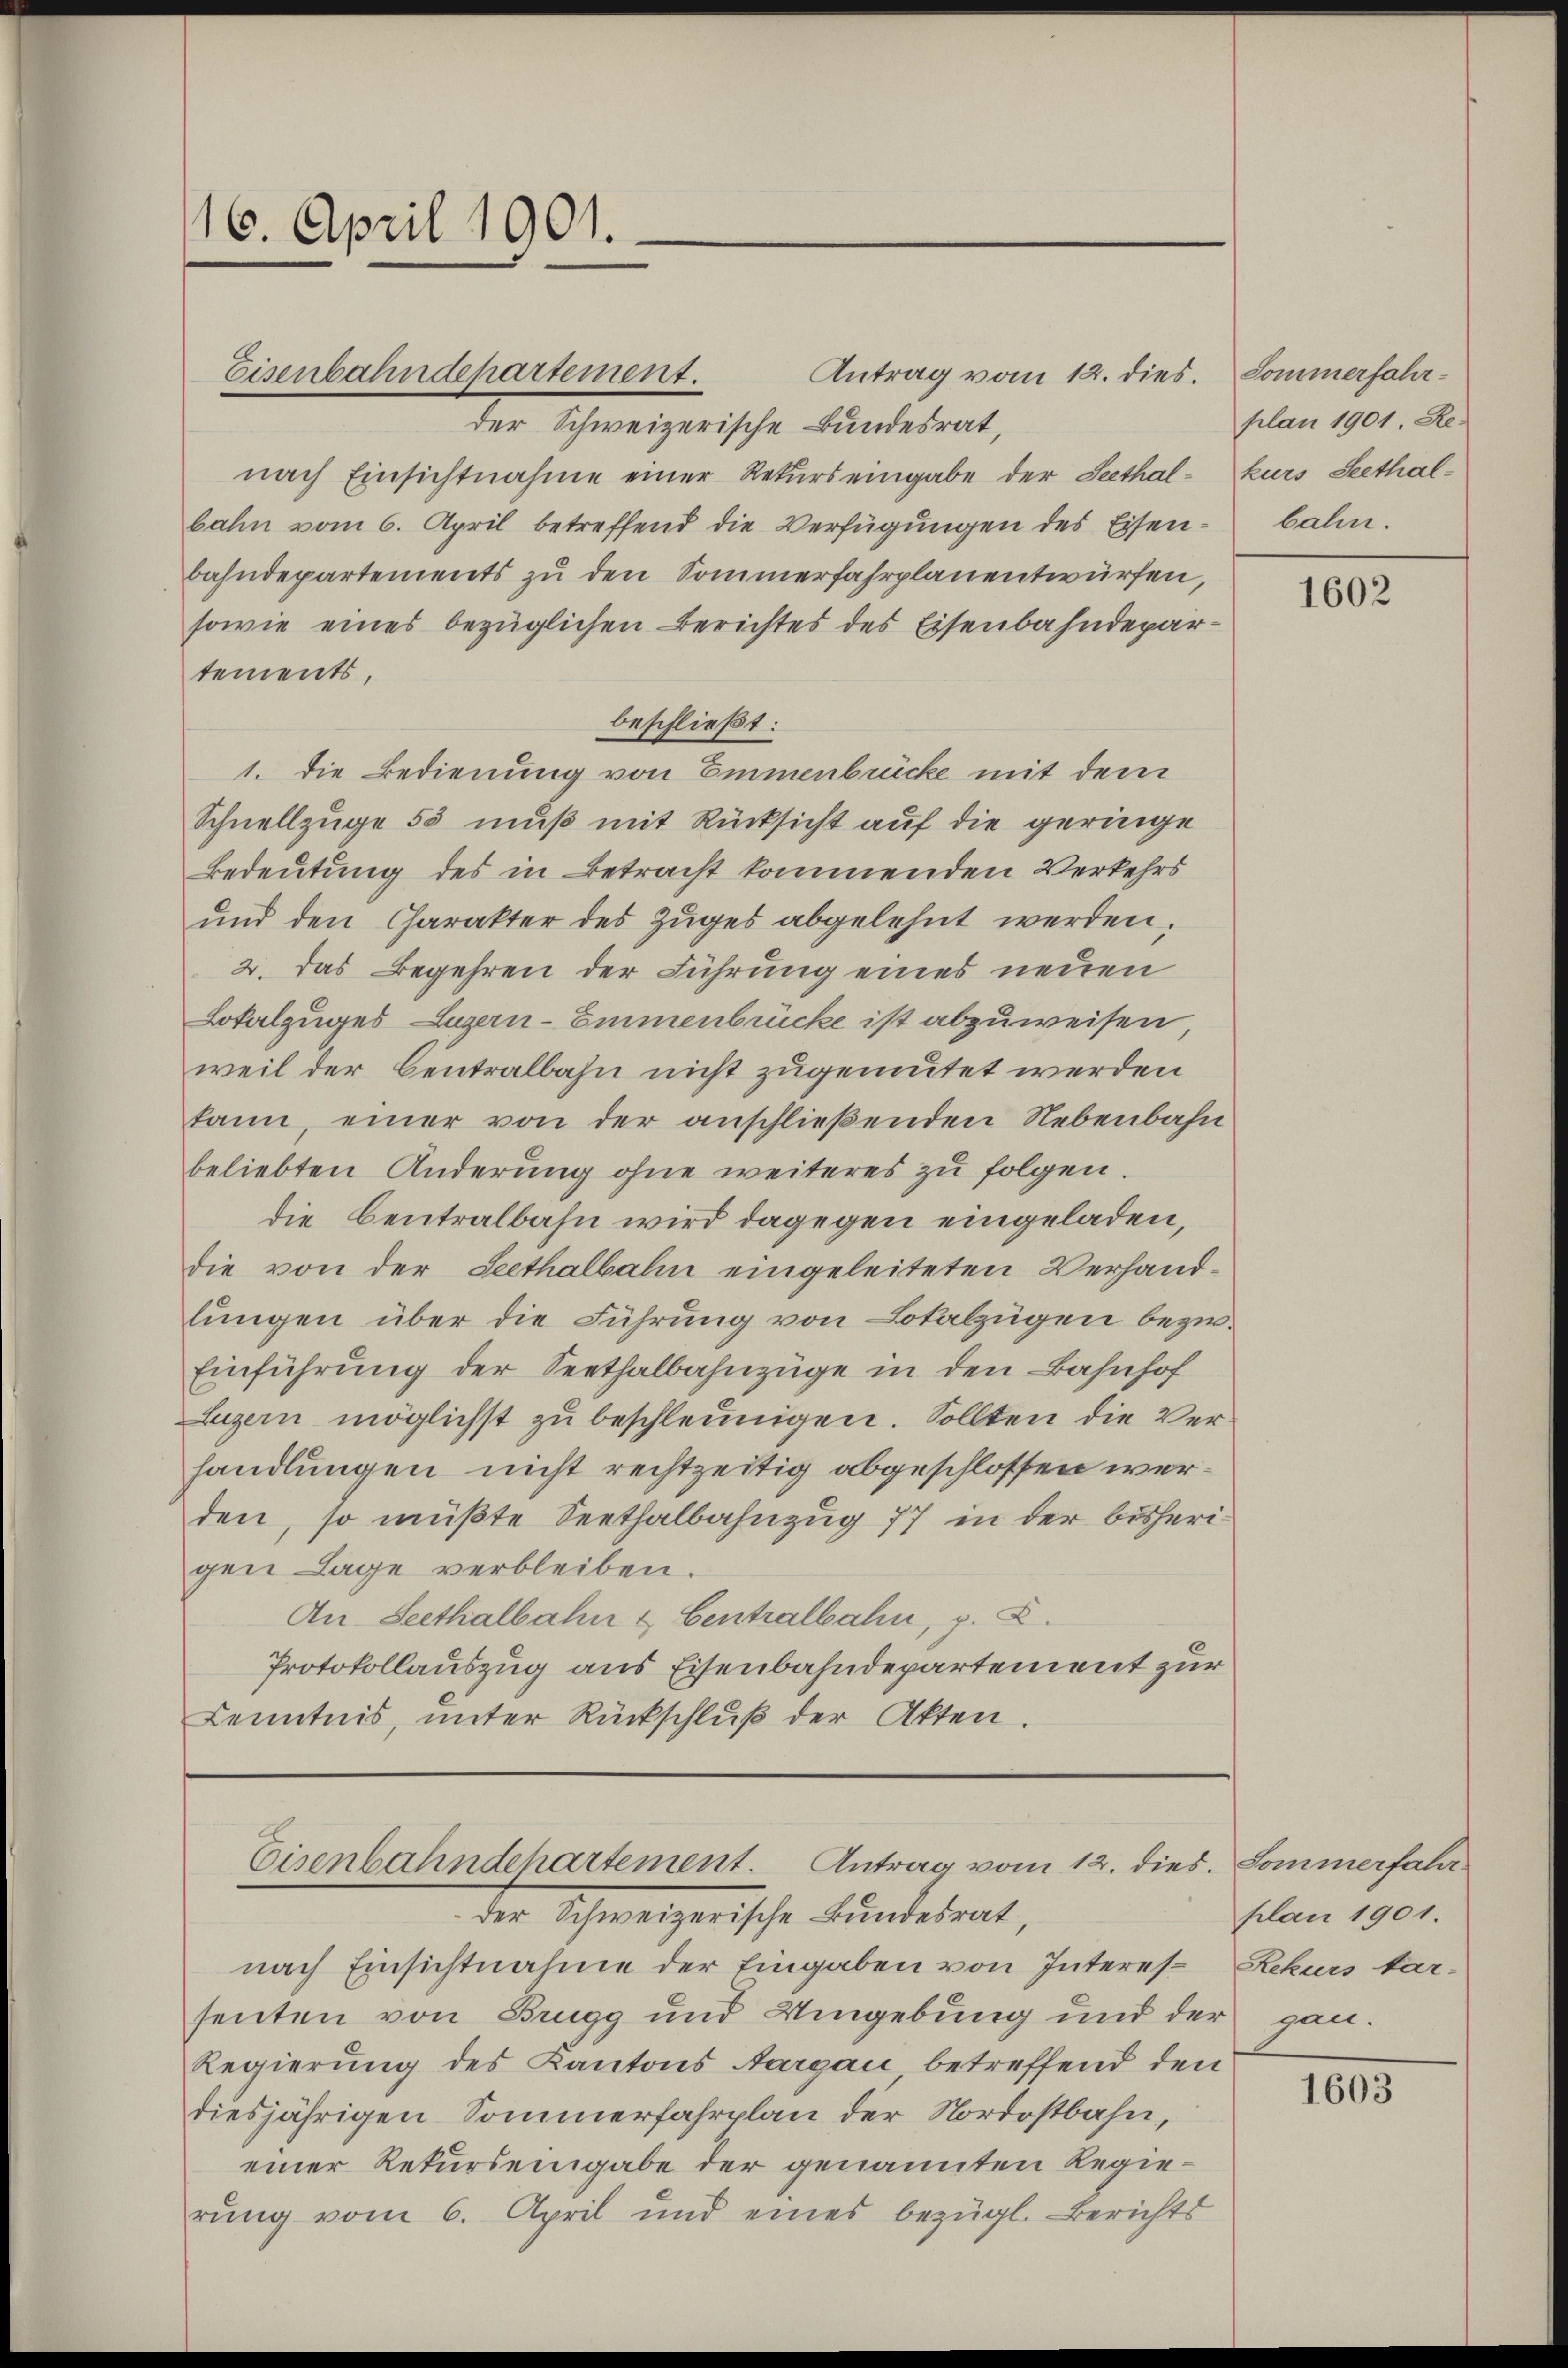
16. April 1901.

Antrag vom 12. dies.
der Schweizerische Bundesrat,
nach Einsichtnahme einer Rekurs eingabe der Seethal-kurs Seethalbahn vom 6. April betreffend die Verfügungen des Eisenbahndepartements zu den Sommerfahrplanentwürfen,
sowie eines bezüglichen Berichtes des Eisenbahndepartements,
beschließt:
1. die Bedienung von Emmenbrücke mit dem
Schnellzüge 55 muß mit Rücksicht auf die geringe
Bedeutung des in Betracht kommenden Verkehrs
und den Charakter des Zuges abgelehnt werden.
2. das Begehren der Führung eines neuen
Lokalzuges Luzern-Emmenbrücke ist abzuweisen
weil der Centralbahn nicht zugemutet werden
kann einer von der anschließenden Nebenbahn
beliebten Änderung ohne weiteres zu folgen.
die Centralbahn wird dagegen eingeladen,
die von der Seethalbahn eingeleiteten Verhandlungen über die Führung von Lotalzügen bezw.
Einführung der Seethalbahnzüge in den Bahnhof
Luzern möglichst zŭ beschleunigen. Sollten die Verhandlungen nicht rechtzeitig abgeschlossen werden, so müßte Seethalbahnzug 77 in der bisherigen Lage verbleiben.
An Seethalbahn & Centralbahn, p. C.
Protokollauszug aus Eisenbahndepartement zur
Kenntnis, unter Rückschlŭβ der Akten.

Eisenbahndepartement.

Eisenbahndchartement. Antrag vom 12. dies. Sommerfahr

der Schweizerische Bundesrat,
nach Einsichtnahme der Eingaben von Interes Rekurs tar-
senten von Brugg und Umgebung und der gan¬
Regierung des Kantons Aargau betreffend den
diesjährigen Sommerfahrplan der Nordostbahn,
einer Rekurs eingabe der genannten Regierŭng vom 6. April und eines bezügl. Berichts

Sommerfahrplan 1901. Re
bahn.

1602

plan 1901.

1603